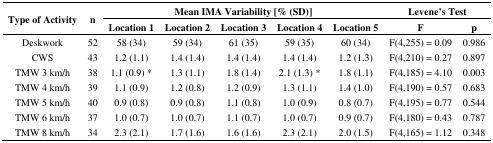
<table><thead><tr><td rowspan="3"><b>Type of Activity</b></td><td rowspan="3"><b>n</b></td><td colspan="5"><b>Mean IMA Variability [%(SD)]</b></td><td colspan="2"><b>Levene&#x27;sTest</b></td></tr><tr><td><b>Location 1</b></td><td><b>Location 2</b></td><td><b>Location 3</b></td><td><b>Location 4</b></td><td><b>Location 5</b></td><td><b>F</b></td><td><b>p</b></td></tr></thead><tbody><tr><td>Deskwork</td><td>52</td><td>58 (34)</td><td>59 (34)</td><td>61 (35)</td><td>59 (35)</td><td>60 (34)</td><td>F(4,255) = 0.09</td><td>0.986</td></tr><tr><td>CWS</td><td>43</td><td>1.2 (1.1)</td><td>1.4 (1.4)</td><td>1.4 (1.4)</td><td>1.4 (1.4)</td><td>1.2 (1.3)</td><td>F(4,210) = 0.27</td><td>0.897</td></tr><tr><td>TMW 3 km/h</td><td>38</td><td>1.1 (0.9) *</td><td>1.3 (1.1)</td><td>1.8 (1.4)</td><td>2.1 (1.3) *</td><td>1.8 (1.1)</td><td>F(4,185) = 4.10</td><td>0.003</td></tr><tr><td>TMW 4 km/h</td><td>39</td><td>1.1 (0.9)</td><td>1.2 (0.8)</td><td>1.2 (0.9)</td><td>1.3 (1.1)</td><td>1.4 (1.0)</td><td>F(4,190) = 0.57</td><td>0.683</td></tr><tr><td>TMW 5 km/h</td><td>40</td><td>0.9 (0.8)</td><td>0.9 (0.8)</td><td>1.1 (0.8)</td><td>1.0 (0.9)</td><td>0.8 (0.7)</td><td>F(4,195) = 0.77</td><td>0.544</td></tr><tr><td>TMW 6 km/h</td><td>37</td><td>1.0 (0.7)</td><td>1.0 (0.7)</td><td>1.1 (0.7)</td><td>1.0 (0.7)</td><td>0.9 (0.7)</td><td>F(4,180) = 0.43</td><td>0.787</td></tr><tr><td>TMW 8 km/h</td><td>34</td><td>2.3 (2.1)</td><td>1.7 (1.6)</td><td>1.6 (1.6)</td><td>2.3 (2.1)</td><td>2.0 (1.5)</td><td>F(4,165) = 1.12</td><td>0.348</td></tr></tbody></table>